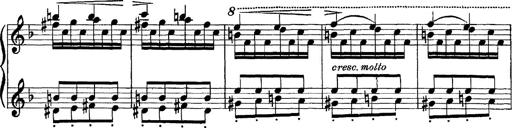
Title: Scherzo und Marsch
Composer: Franz Liszt